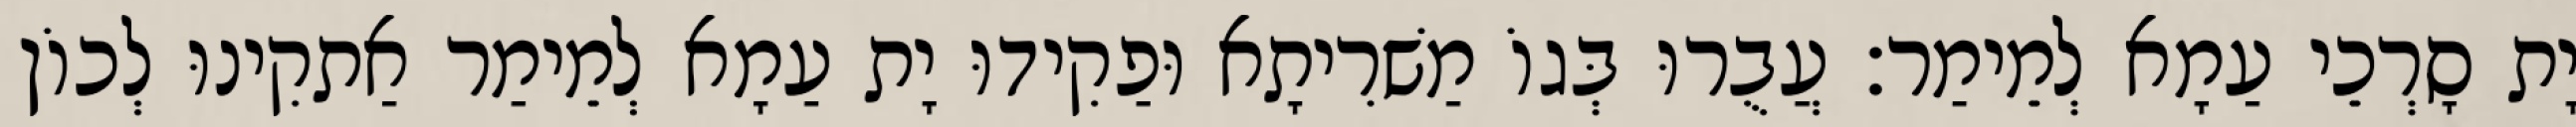
יָת סָרְכֵי עַמָא לְמֵימַר׃ עֲבֻרוּ בְּגוֹ מַשׁרִיתָא וּפַקִידוּ יָת עַמָא לְמֵימַר אַתקִינוּ לְכוֹן